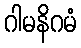
ဂါမနိဂမံ